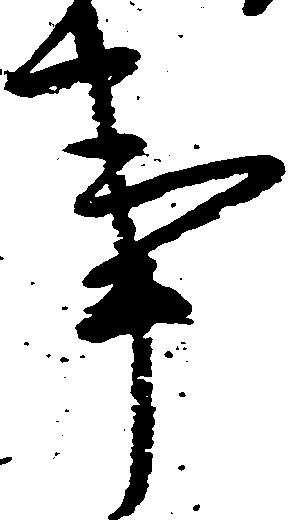
事